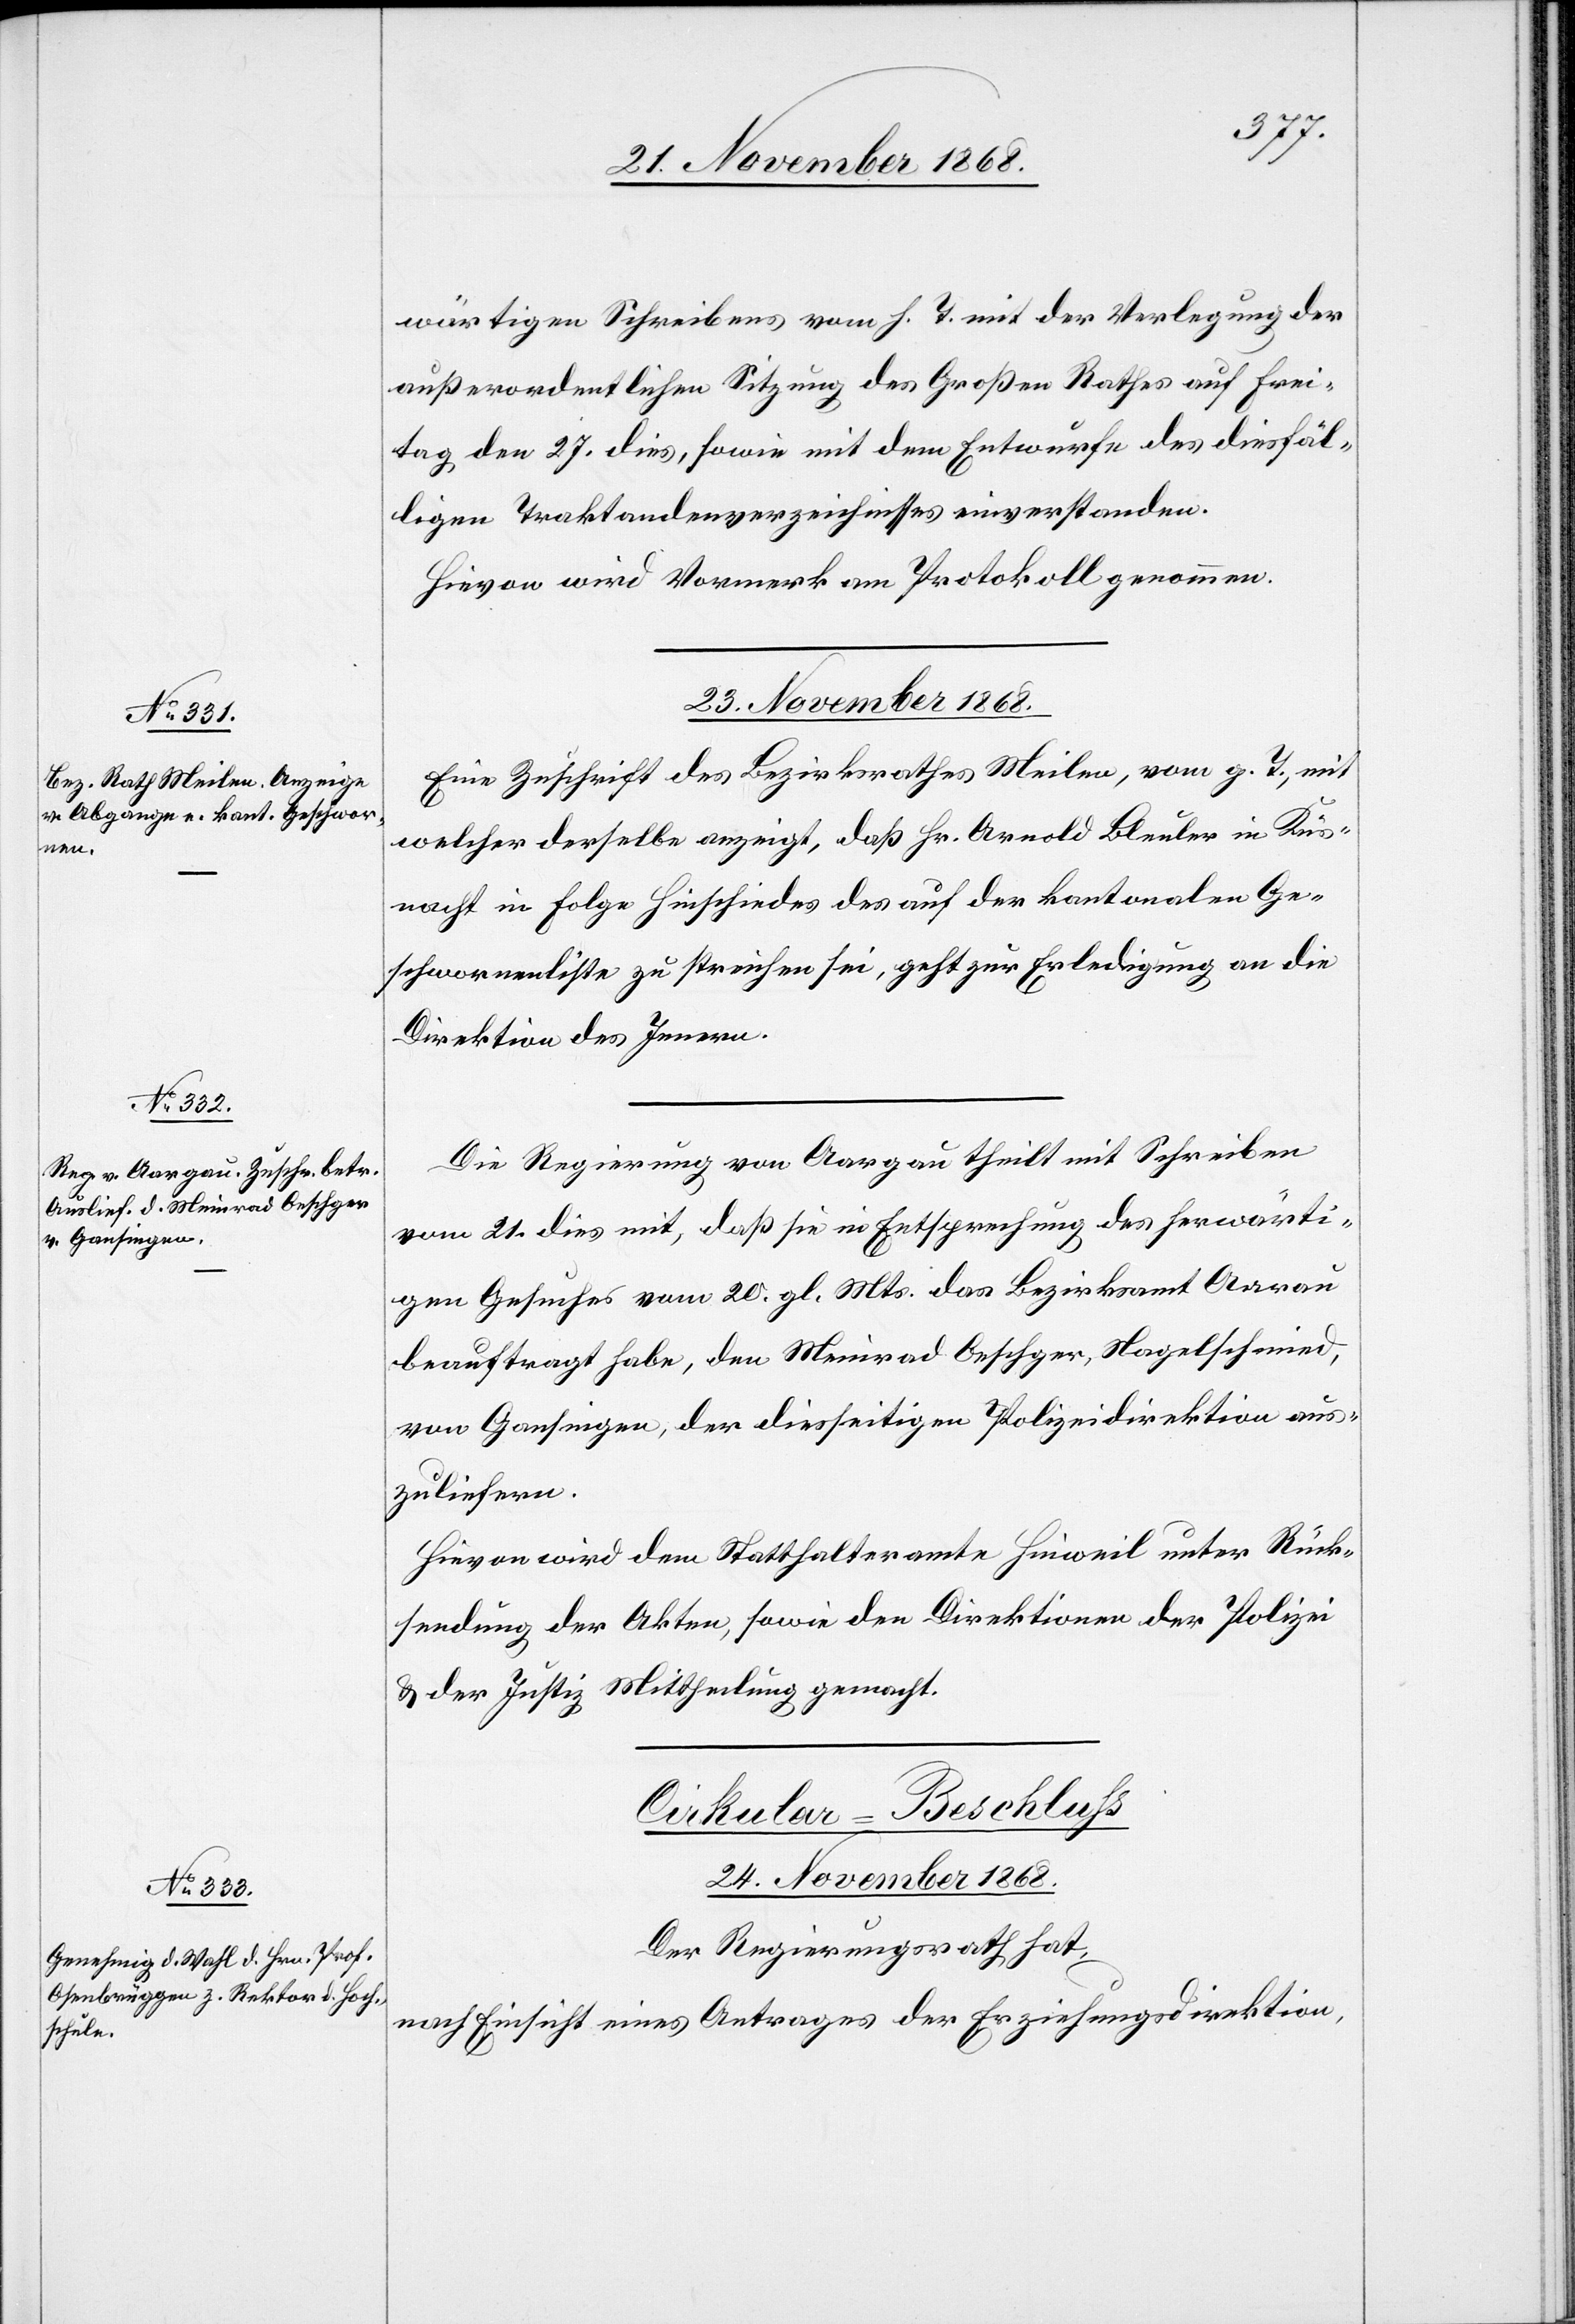
24. November 1868.
wärtigen Schreibens vom h. T. mit der Verlegung der
außerordentlichen Sitzung des Großen Rathes auf Frei¬
tag den 27. dies, sowie mit dem Entwurfe des diesfäl¬
ligen Traktandenverzeichnisses einverstanden.
Hievon wird Vormerk am Protokoll genommen.
23. November 1868.
Eine Zuschrift des Bezirksrathes Meilen, vom g. T., mit
welcher derselbe anzeigt, daß Hr. Arnold Bleuler in Küs¬
nacht in Folge Hinschiedes des [sic!] auf der kantonalen Ge¬
schwornenliste zu streichen sei, geht zur Erledigung an die
Direktion des Innern.
Die Regierung von Aargau theilt mit Schreiben
vom 21. dies mit, daß sie in Entsprechung des herwärti¬
gen Gesuches vom 20. gl. Mts. das Bezirksamt Aarau
beauftragt habe, den Meinrad Oeschger, Nagelschmied,
von Gansingen, der diesseitigen Polizeidirektion aus¬
zuliefern.
Hievon wird dem Statthalteramte Hinweil unter Rück¬
sendung der Akten, sowie den Direktionen der Polizei
& der Justiz Mittheilung gemacht.
Cirkular-Beschluss
Der Regierungsrath hat,
nach Einsicht eines Antrages der Erziehungsdirektion,